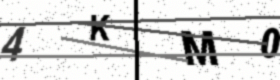
Text: 4KM0